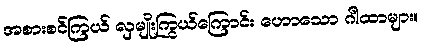
အစားစင်ကြယ် လှမျိုးကြွယ်ကြောင်း ဟောသော ဂါထာများ။